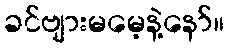
ခင်ဗျားမမေ့နဲ့နော်။